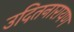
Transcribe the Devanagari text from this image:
उदितनारायण